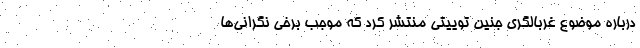
درباره موضوع غربالگری جنین توییتی منتشر کرد که موجب برخی نگرانی‌ها